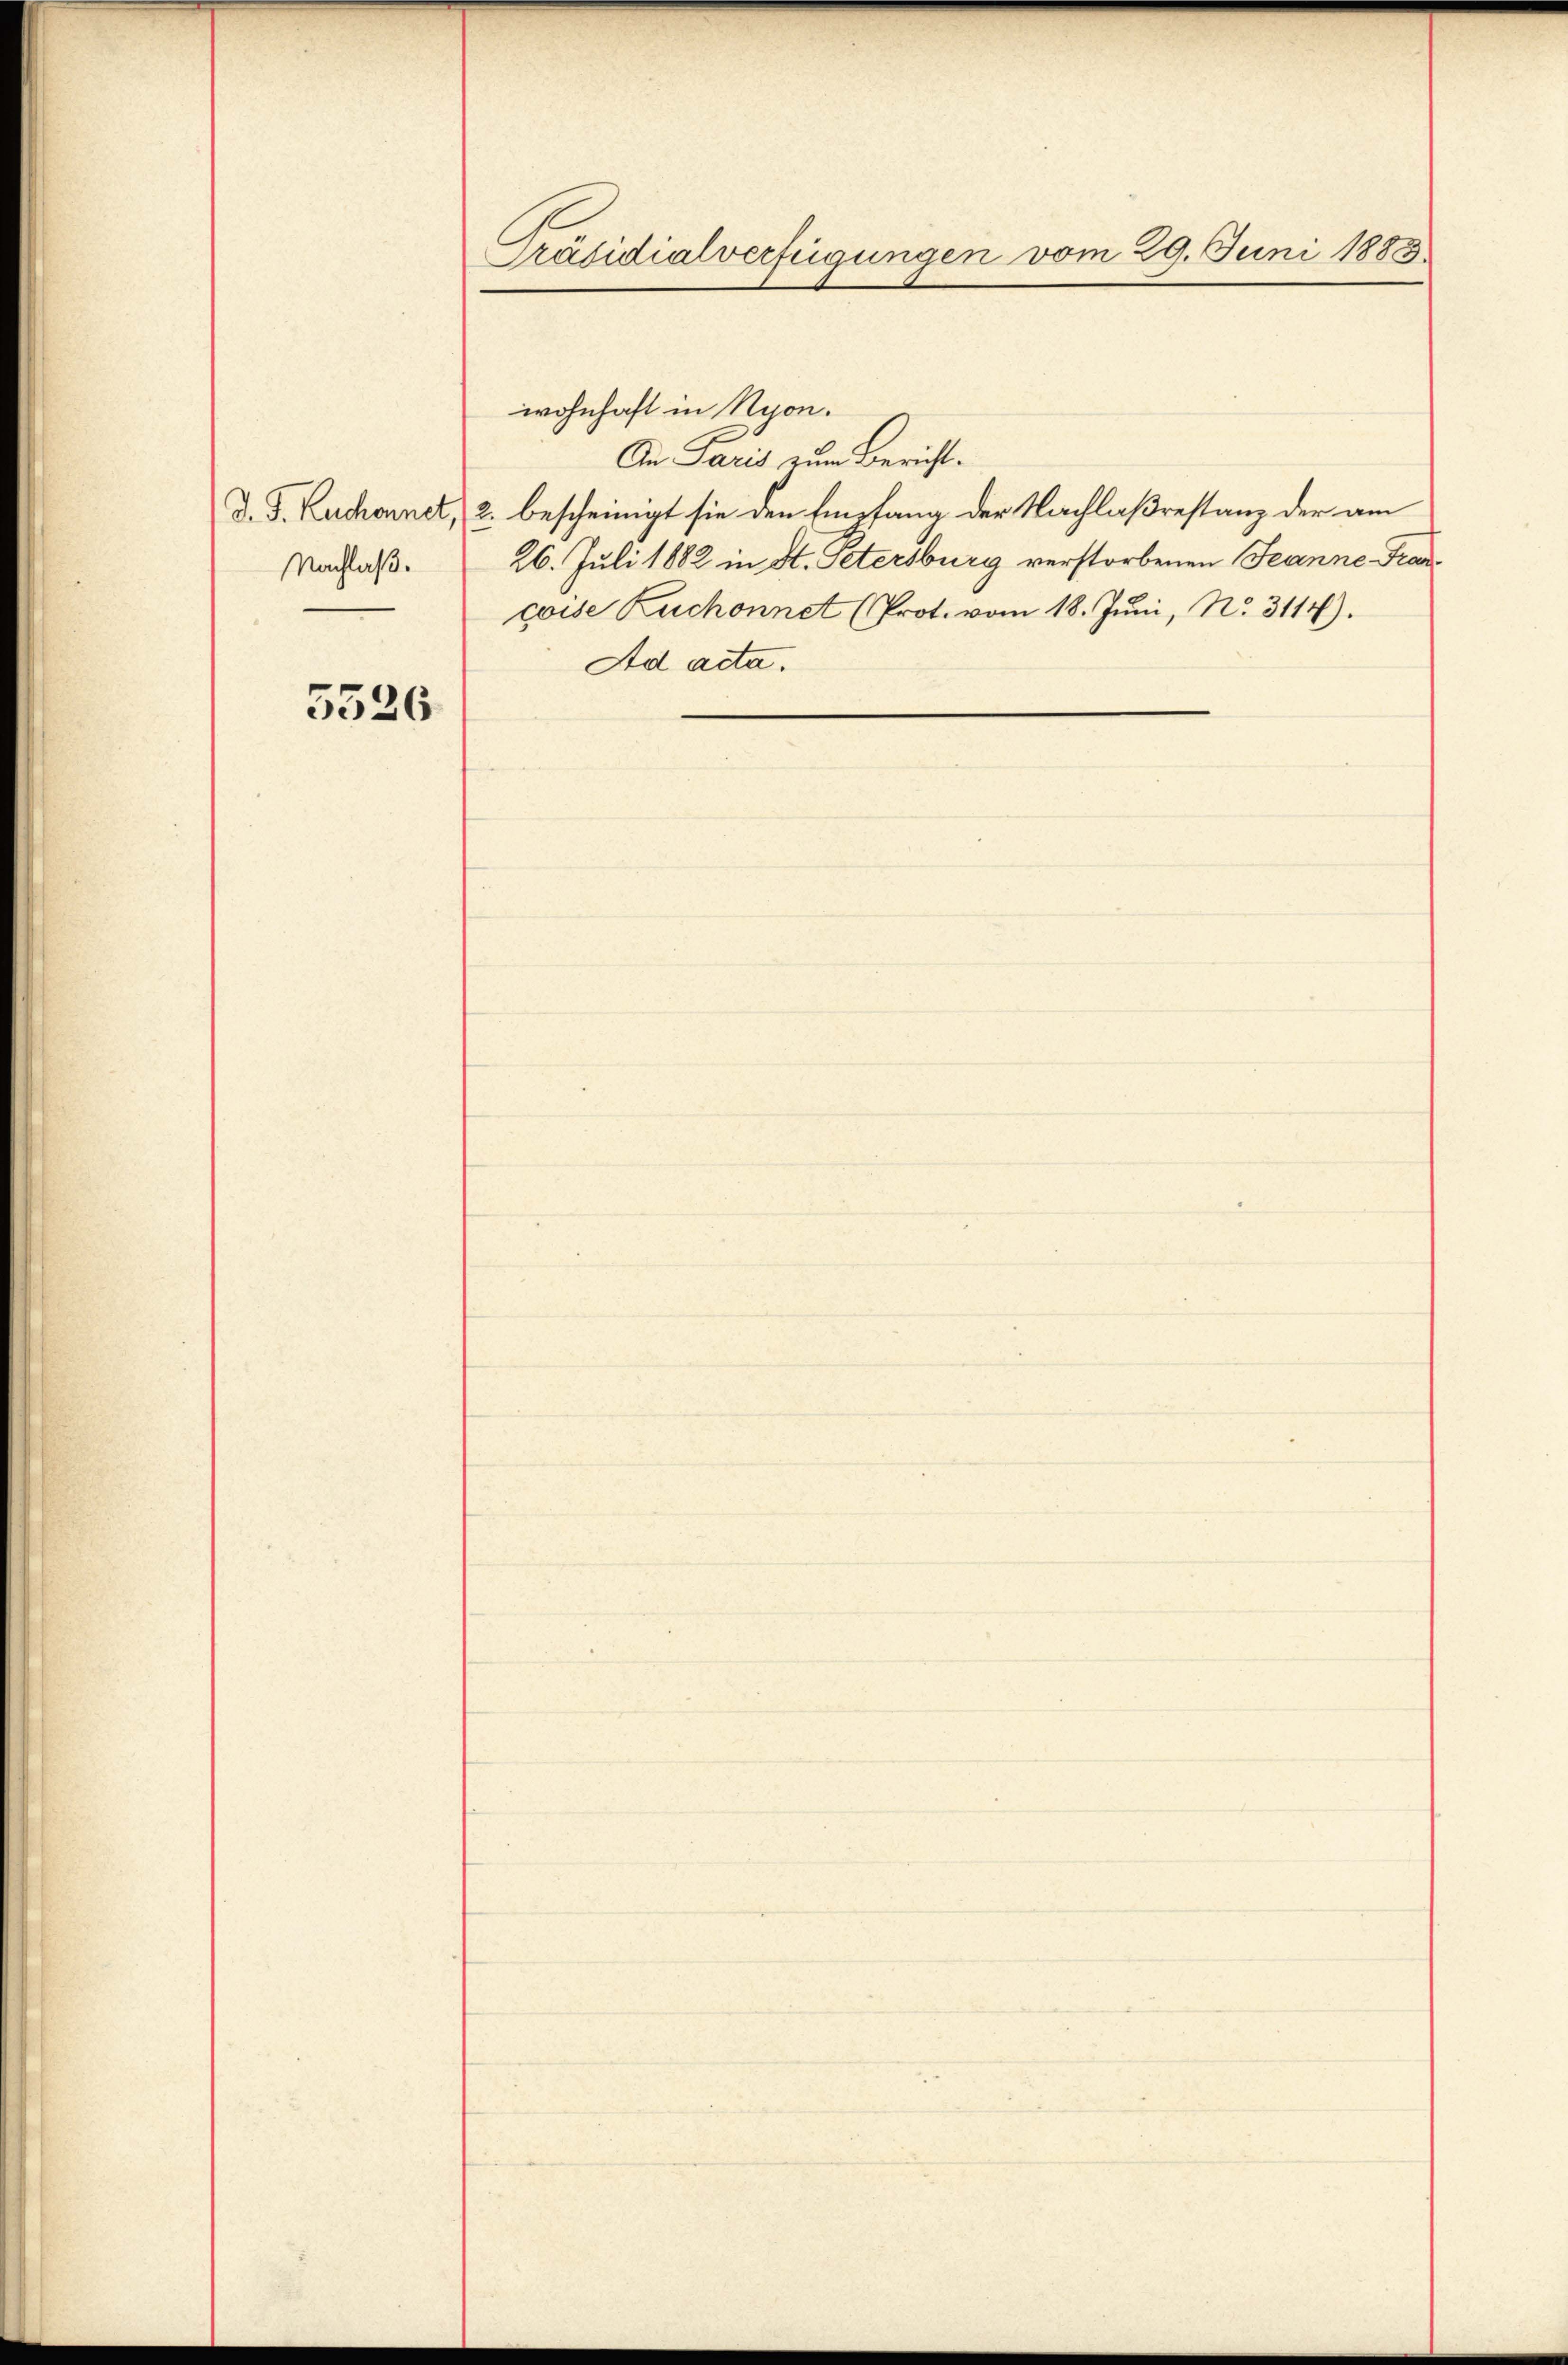
Nachlaß.

5526

Präsidialverfügungen vom 29. Juni 1883.

wohnhaft in Nyon.
An Paris zum Bericht.
D. J. Kuhonner, 2. bescheinigt sie den Empfang der Nachlaßrestanz der am
26. Juli 1882 in St. Petersburg verstorbenen Jeanne Francoise Zuchonnet (Prot. vom 18. Jŭni, No. 3114).
Ad acta.